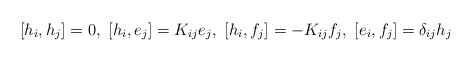
\begin{align*}{[}h_i, h_j{]}=0,~{[}h_i, e_j{]}=K_{ij}e_j,~{[}h_i, f_j{]}=-K_{ij}f_j,~{[}e_i, f_j{]}=\delta_{ij}h_j\end{align*}